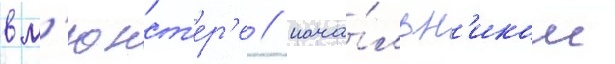
в м'юнст'ер'е / нача́льн'иком